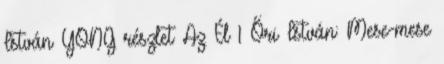
István YONG részlet Az Él 1 Őri István: Mese-mese